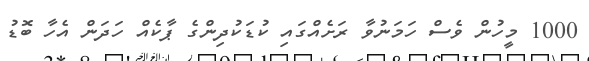
1000 މީހުން ވެސް ހަމަނުވާ ރަށެއްގައި ކުޑަކުދިންގެ ޕާކެއް ހަދަން އެހާ ބޮޑު